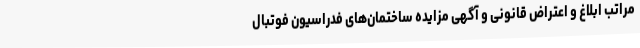
مراتب ابلاغ و اعتراض قانونی و آگهی مزایده ساختمان‌های فدراسیون فوتبال